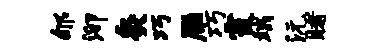
郇泖灸巧雁巧霞端沅睹